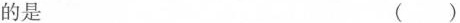
的是 ()